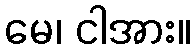
မေ၊ ငါအား။